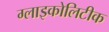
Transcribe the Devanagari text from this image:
ग्लाइकोलिटीक